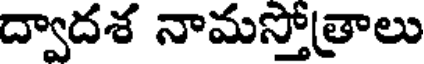
ద్వాదశ నామస్తోత్రాలు